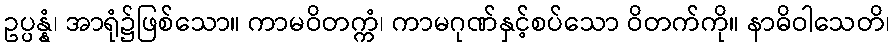
ဥပ္ပန္နံ၊ အာရုံ၌ဖြစ်သော။ ကာမဝိတက္ကံ၊ ကာမဂုဏ်နှင့်စပ်သော ဝိတက်ကို။ နာဓိဝါသေတိ၊